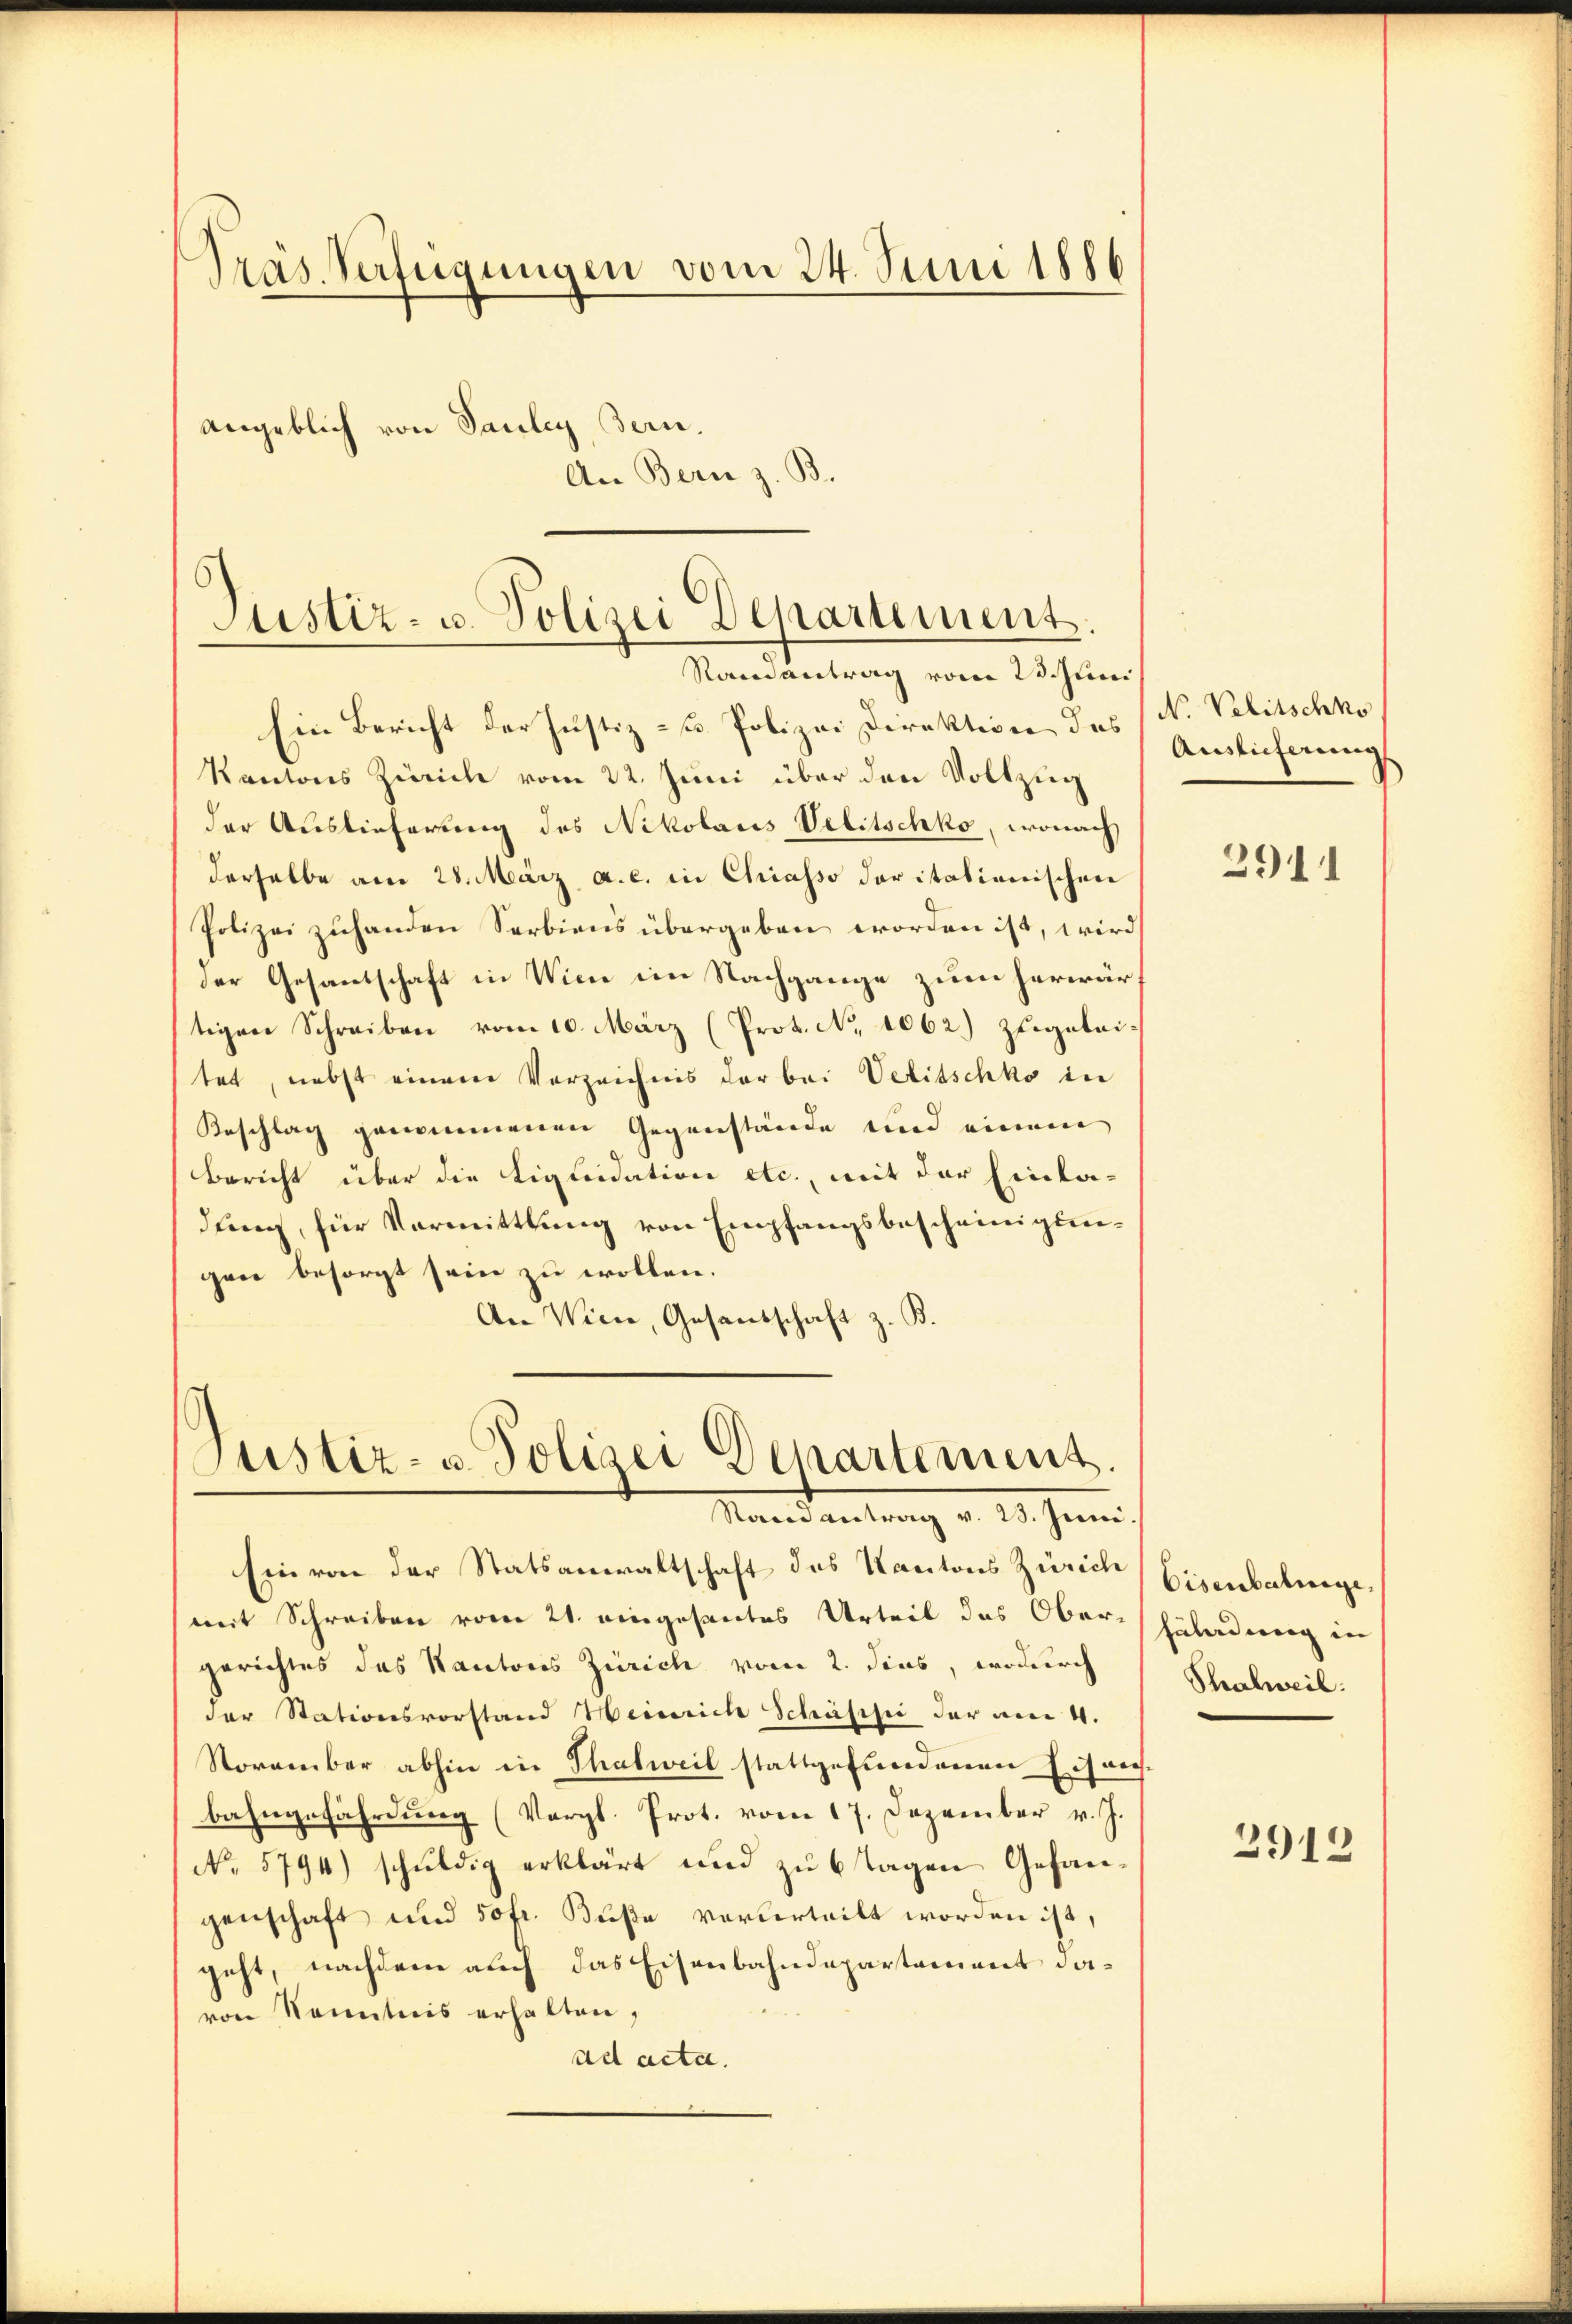
Tras Verfügungen vom 24. Juni 1886
angeblich von Sauley Bern.
An Bern z. B.

Justiz- u. Polizei Departement.
Randantrag vom 23. Juni

Ein Bericht der Justiz- u. Polizei Direktion des N. Velitschko
Kantons Zürich vom 22. Juni über den Vollzug
der Auslieferung des Nikolaus Velitschko, wonach
derselbe am 28. März a. c. in Chiasso daritationischen
Polizei zuhanden Serbiens übergeben worden ist, wird
der Gesandschaft in Wien im Nachgange zum herwärtigen Schreiben vom 10. März (Prot. No 1062.) zugeleitet, nebst einem Verzeichnis der bei Velitschko in
Beschlag genommenen Gegenstände und einem
Bericht über die Liquidation etc., mit der Einla-
dung, für Vormittlung von Empfangsbescheinigungen besorgt sein zu wollen.
An Wien, Gesandschaft z. B.

Justiz- u. Polizei Departement.
Randantrag v. 28. Juni.

Ein von der Statsanwaltschaft des Kantons Zürich
mit Schreiben vom 21. eingesantes Urteil das Ober-
gerichtes das Kantons Zürich vom 2. dies, wodurch
der Stationsvorstand Heinrich Schäsisii der am 4.
November abhin in Thalweil stattgefundenen Eisens
bahngefährdung (Vergl. Prot. vom 17. Dezember v. J.
No 5794) schuldig erklärt und zu 6 Tagen Gefangenschaft und 50 fr. Buße vorderteilt worden ist,
jeht, nachdem auch das Eisenbahndepartement davon Kenntnis erhalten,
ad acta.

Auslieferung

2911

Eisenbatinge
Füladung in |
Shalweil.

2912